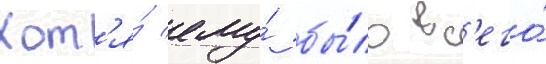
Хот'я́ ему́ бы́ло вс'его́